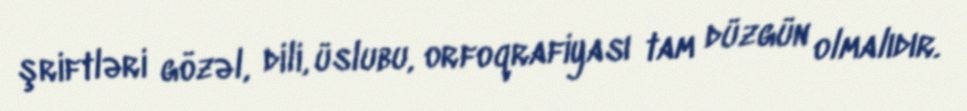
şriftləri gözəl, dili, üslubu, orfoqrafiyası tam düzgün olmalıdır.